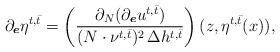
LaTeX: \begin{align*}\partial_{\boldsymbol e} \eta^{t,\bar t} = \left( \frac{\partial_N (\partial_{\boldsymbol e} u^{t,\bar t}) }{(N\cdot \nu^{t,\bar t})^2 \,\Delta h^{t,\bar t}}\right) (z, \eta^{t,\bar t}(x)),\end{align*}